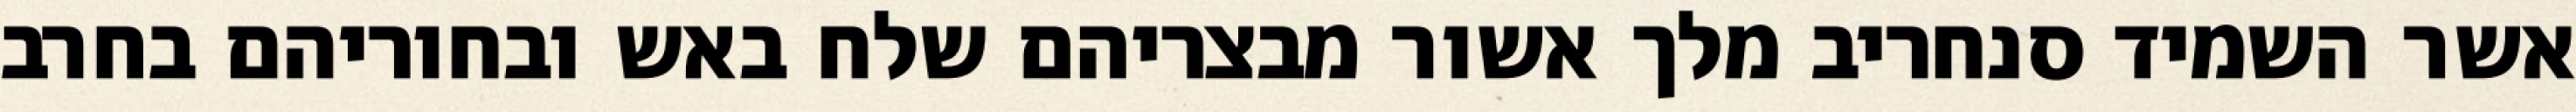
אשר השמיד סנחריב מלך אשור מבצריהם שלח באש ובחוריהם בחרב